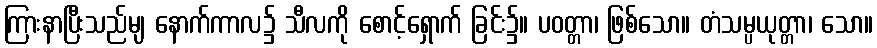
ကြားနာပြီးသည်မျ နောက်ကာလ၌ သီလကို စောင့်ရှောက် ခြင်း၌။ ပဝတ္တာ၊ ဖြစ်သော။ တံသမ္ပယုတ္တာ၊ သော။